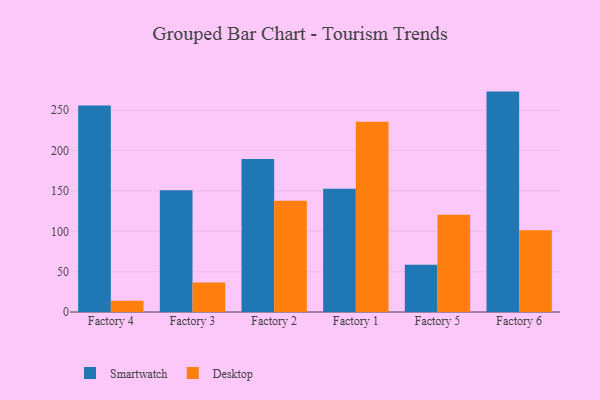
{"axis": {"x": "Factory", "y": "Net Income (USD K)"}, "legend": ["Desktop", "Smartwatch"], "data": [{"x": "Factory 4", "y": 255.8, "type": "Smartwatch"}, {"x": "Factory 4", "y": 14.0, "type": "Desktop"}, {"x": "Factory 3", "y": 150.9, "type": "Smartwatch"}, {"x": "Factory 3", "y": 36.6, "type": "Desktop"}, {"x": "Factory 2", "y": 189.6, "type": "Smartwatch"}, {"x": "Factory 2", "y": 138.0, "type": "Desktop"}, {"x": "Factory 1", "y": 152.8, "type": "Smartwatch"}, {"x": "Factory 1", "y": 235.7, "type": "Desktop"}, {"x": "Factory 5", "y": 58.6, "type": "Smartwatch"}, {"x": "Factory 5", "y": 120.5, "type": "Desktop"}, {"x": "Factory 6", "y": 273.1, "type": "Smartwatch"}, {"x": "Factory 6", "y": 101.4, "type": "Desktop"}]}